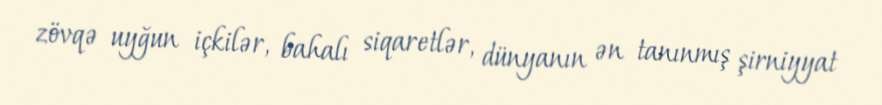
zövqə uyğun içkilər, bahalı siqaretlər, dünyanın ən tanınmış şirniyyat